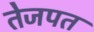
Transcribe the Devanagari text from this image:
तेजपत